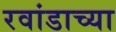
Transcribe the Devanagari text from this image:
रवांडाच्या